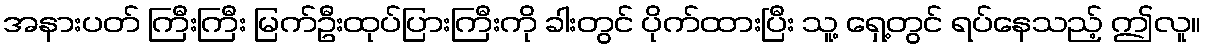
အနားပတ် ကြီးကြီး မြက်ဦးထုပ်ပြားကြီးကို ခါးတွင် ပိုက်ထားပြီး သူ့ ရှေ့တွင် ရပ်နေသည့် ဤလူ။